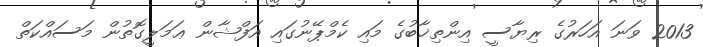
2013 ވަނަ އަހަރުގެ ރިޔާސީ އިންތިޚާބުގެ މައި ކެމްޕޭނުގައި އަފްޝާން ޢަމަލީގޮތުން މަސައްކަތް